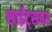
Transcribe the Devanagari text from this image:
साईट्सवर